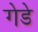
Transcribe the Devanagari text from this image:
गेडे